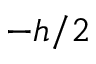
- h / 2